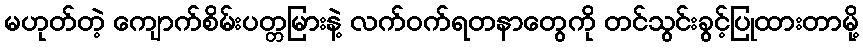
မဟုတ်တဲ့ ကျောက်စိမ်းပတ္တမြားနဲ့ လက်ဝက်ရတနာတွေကို တင်သွင်းခွင့်ပြုထားတာမို့